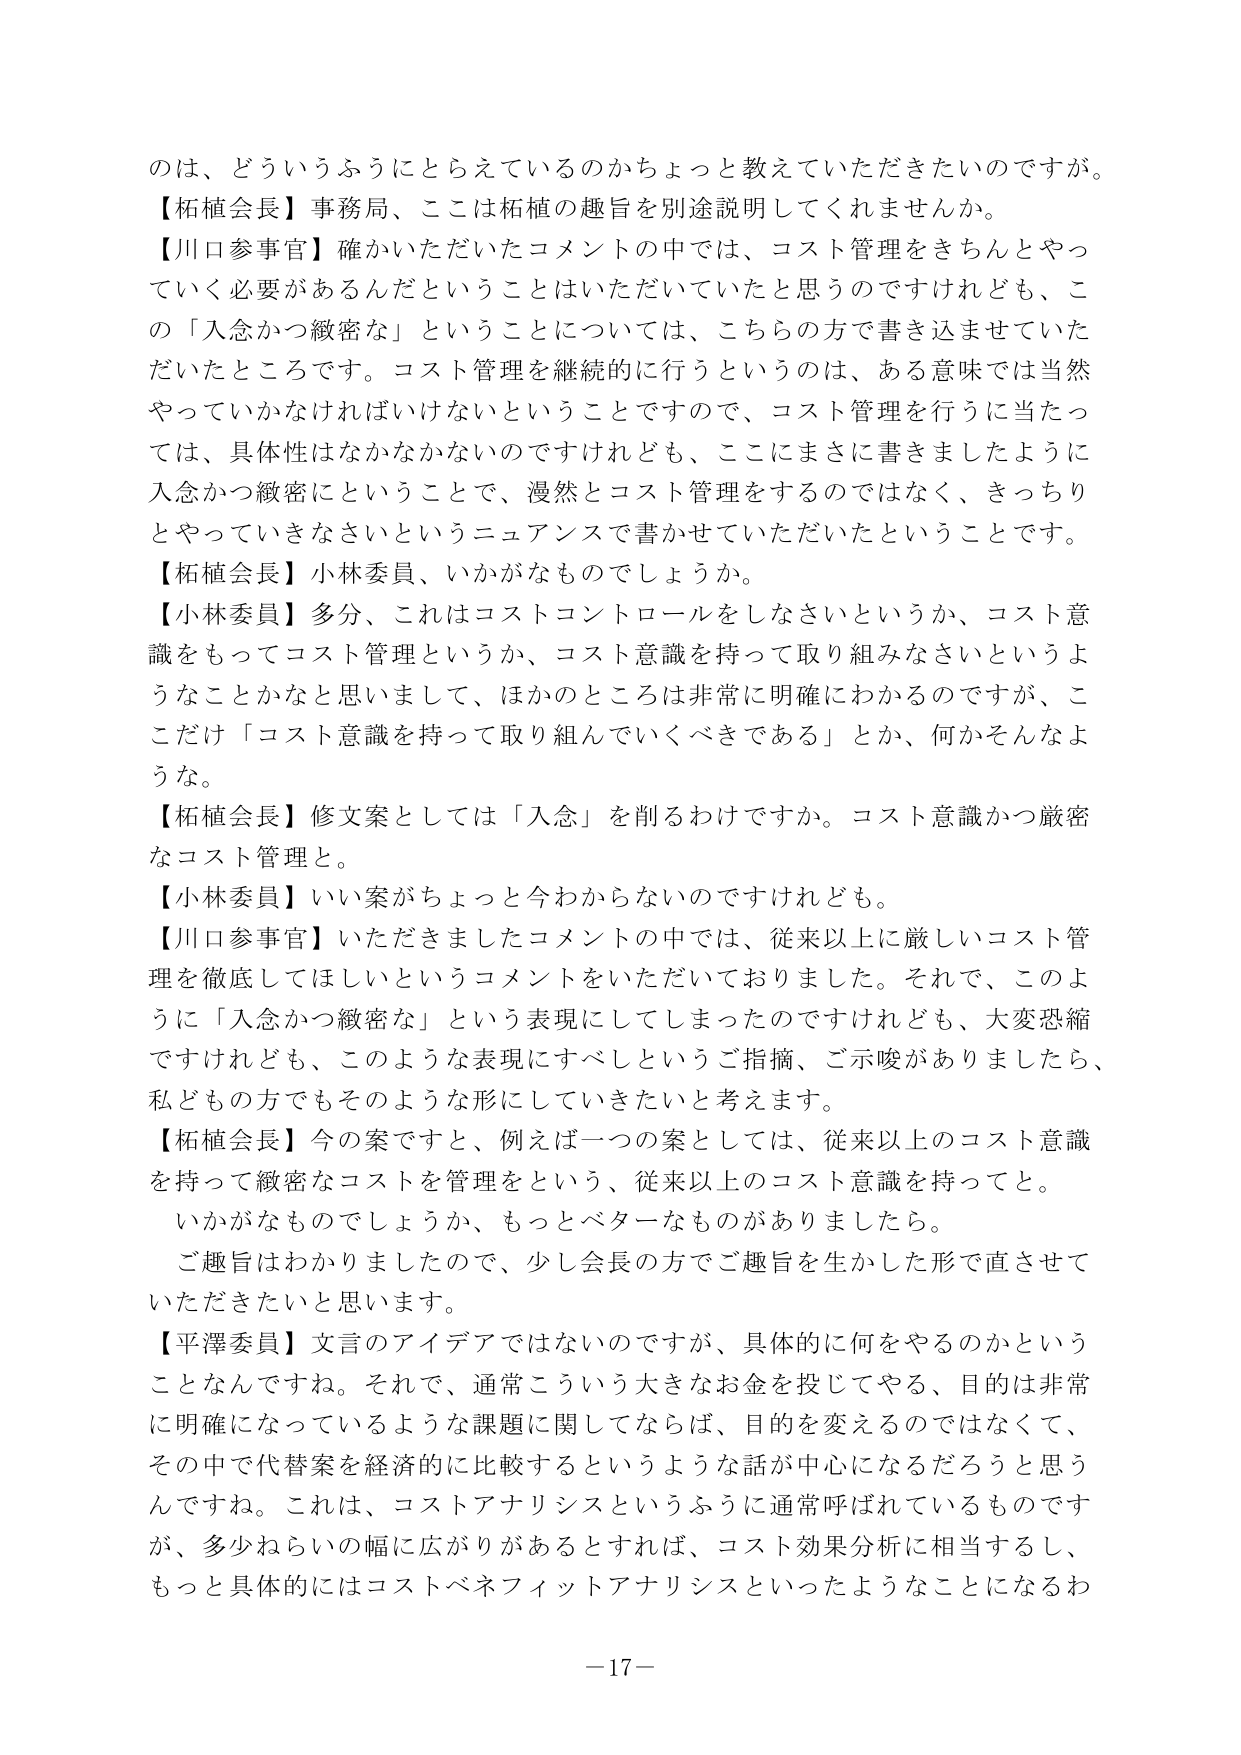
のは、どういうふうにとらえているのかちょっと教えていただきたいのですが。
【柘植会長】事務局、ここは柘植の趣旨を別途説明してくれませんか。
【川口参事官】確かいただいたコメントの中では、コスト管理をきちんとやっていく必要があるんだということはいただいていたと思うのですけれども、この「入念かつ緻密な」ということについては、こちらの方で書き込ませていただいたところです。コスト管理を継続的に行うというのは、ある意味では当然やっていかなければならないということですので、コスト管理を行うに当たっては、具体性はなかなかないのですけれども、ここにまさに書きましたように入念かつ緻密にということで、漫然とコスト管理をするのではなく、きっちりとやっていきなさいというニュアンスで書かせていただいたということです。
【柘植会長】小林委員、いかがなものでしょうか。
【小林委員】多分、これはコストコントロールをしなさいというか、コスト意識をもってコスト管理というか、コスト意識を持って取り組みなさいというようなことかなと思いまして、ほかのところは非常に明確にわかるのですが、ここだけ「コスト意識を持って取り組んでいくべきである」とか、何かそんなような。
【柘植会長】修文案としては「入念」を削るわけですか。コスト意識かつ厳密なコスト管理と。
【小林委員】いい案がちょっと今わからないのですけれども。
【川口参事官】いただきましたコメントの中では、従来以上に厳しいコスト管理を徹底してほしいというコメントをいただいておりました。それで、このように「入念かつ緻密な」という表現にしてしまったのですけれども、大変恐縮ですけれども、このような表現にすべしというご指摘、ご示唆がありましたら、私どもの方でもそのような形にしていきたいと考えます。
【柘植会長】今の案ですと、例えば一つの案としては、従来以上のコスト意識を持って緻密なコストを管理をという、従来以上のコスト意識を持ってと。
いかがなものでしょうか、もっとベターなものがありましたら。
ご趣旨はわかりましたので、少し会長の方でご趣旨を生かした形で直させていただきたいと思います。
【平澤委員】文言のアイデアではないのですが、具体的に何をやるのかということなんですね。それで、通常こういう大きなお金を投じてやる、目的は非常に明確になっているような課題に関してならば、目的を変えるのではなくて、その中で代替案を経済的に比較するというような話が中心になるだろうと思うんですね。これは、コストアナリシスというふうに通常呼ばれているものですが、多少ねらいの幅に広がりがあるとすれば、コスト効果分析に相当するし、もっと具体的にはコストベネフィットアナリシスといったようなことになるわ
－17－